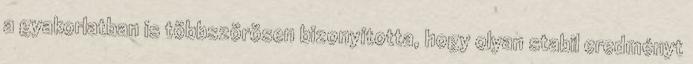
a gyakorlatban is többszörösen bizonyította, hogy olyan stabil eredményt